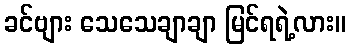
ခင်ဗျား သေသေချာချာ မြင်ရရဲ့လား။